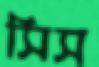
সিস